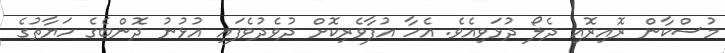
މުސްކާން ރޮއިރޮއި ދެލޯ ދުޅަވިއެވެ. އެހާ އުފާވެރިކޮށް ދުވެދުވެފައި އުޅުނު ދޮންބެގެ ހަޔާތުގެ